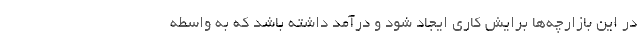
در این بازارچه‌ها برایش کاری ایجاد ‌شود و درآمد داشته باشد که به واسطه